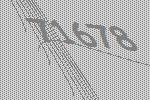
71678